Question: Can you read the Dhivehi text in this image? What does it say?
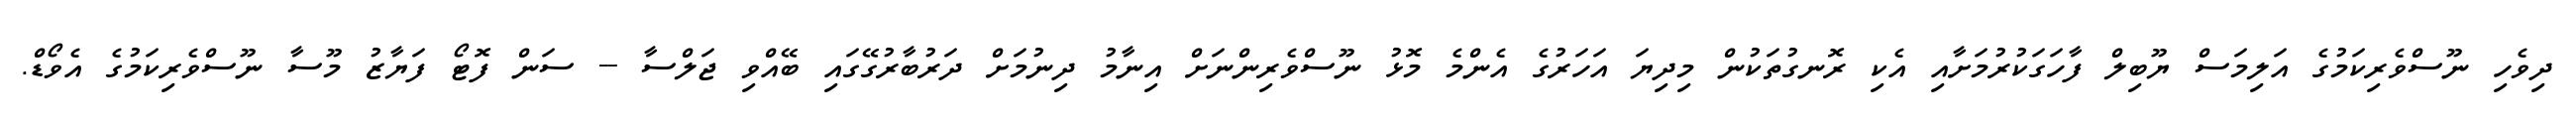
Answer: ދިވެހި ނޫސްވެރިކަމުގެ އަލިމަސް ޔޫބިލް ފާހަގަކުރުމަށާއި އެކި ރޮނގުތަކުން މިދިޔަ އަހަރުގެ އެންމެ މޮޅު ނޫސްވެރިންނަށް އިނާމު ދިނުމަށް ދަރުބާރުގޭގައި ބޭއްވި ޖަލްސާ -- ސަން ފޮޓޯ ފަޔާޒު މޫސާ ނޫސްވެރިކަމުގެ އެވޯޑް.